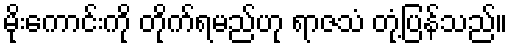
မိုးကောင်းကို တိုက်ရမည်ဟု ရာဇသံ တုံ့ပြန်သည်။